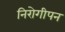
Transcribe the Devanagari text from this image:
निरोगीपन